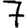
Digit: 7